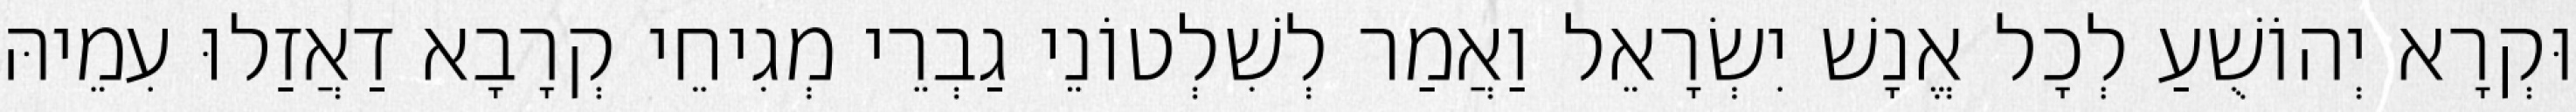
וּקְרָא יְהוֹשֻׁעַ לְכָל אֱנָשׁ יִשְׂרָאֵל וַאֲמַר לְשִׁלְטוֹנֵי גַבְרֵי מְגִיחֵי קְרָבָא דַאֲזַלוּ עִמֵיהּ